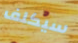
سيكلف